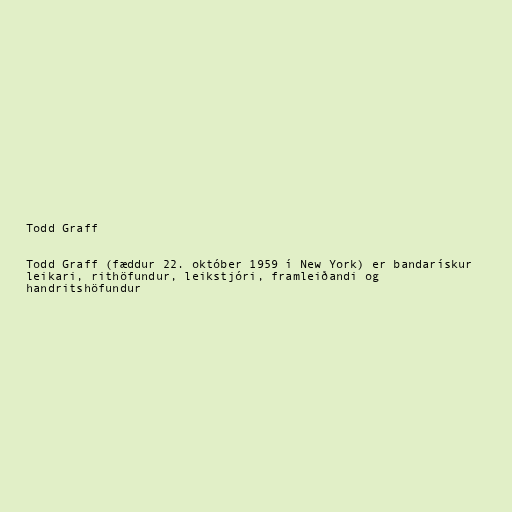
Todd Graff

Todd Graff (fæddur 22. október 1959 í New York) er bandarískur
leikari, rithöfundur, leikstjóri, framleiðandi og
handritshöfundur